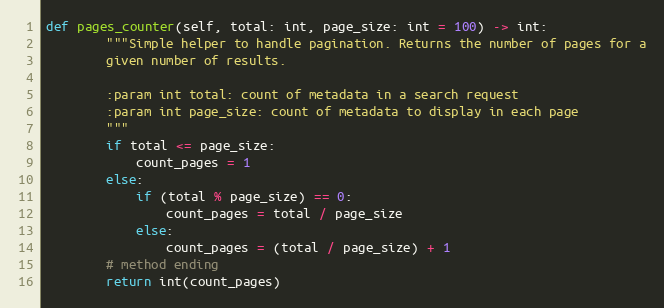
Language: Python
def pages_counter(self, total: int, page_size: int = 100) -> int:
        """Simple helper to handle pagination. Returns the number of pages for a
        given number of results.

        :param int total: count of metadata in a search request
        :param int page_size: count of metadata to display in each page
        """
        if total <= page_size:
            count_pages = 1
        else:
            if (total % page_size) == 0:
                count_pages = total / page_size
            else:
                count_pages = (total / page_size) + 1
        # method ending
        return int(count_pages)